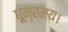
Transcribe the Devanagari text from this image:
धूम्रमय।